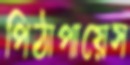
পিঠাপায়েস